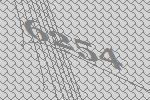
6254